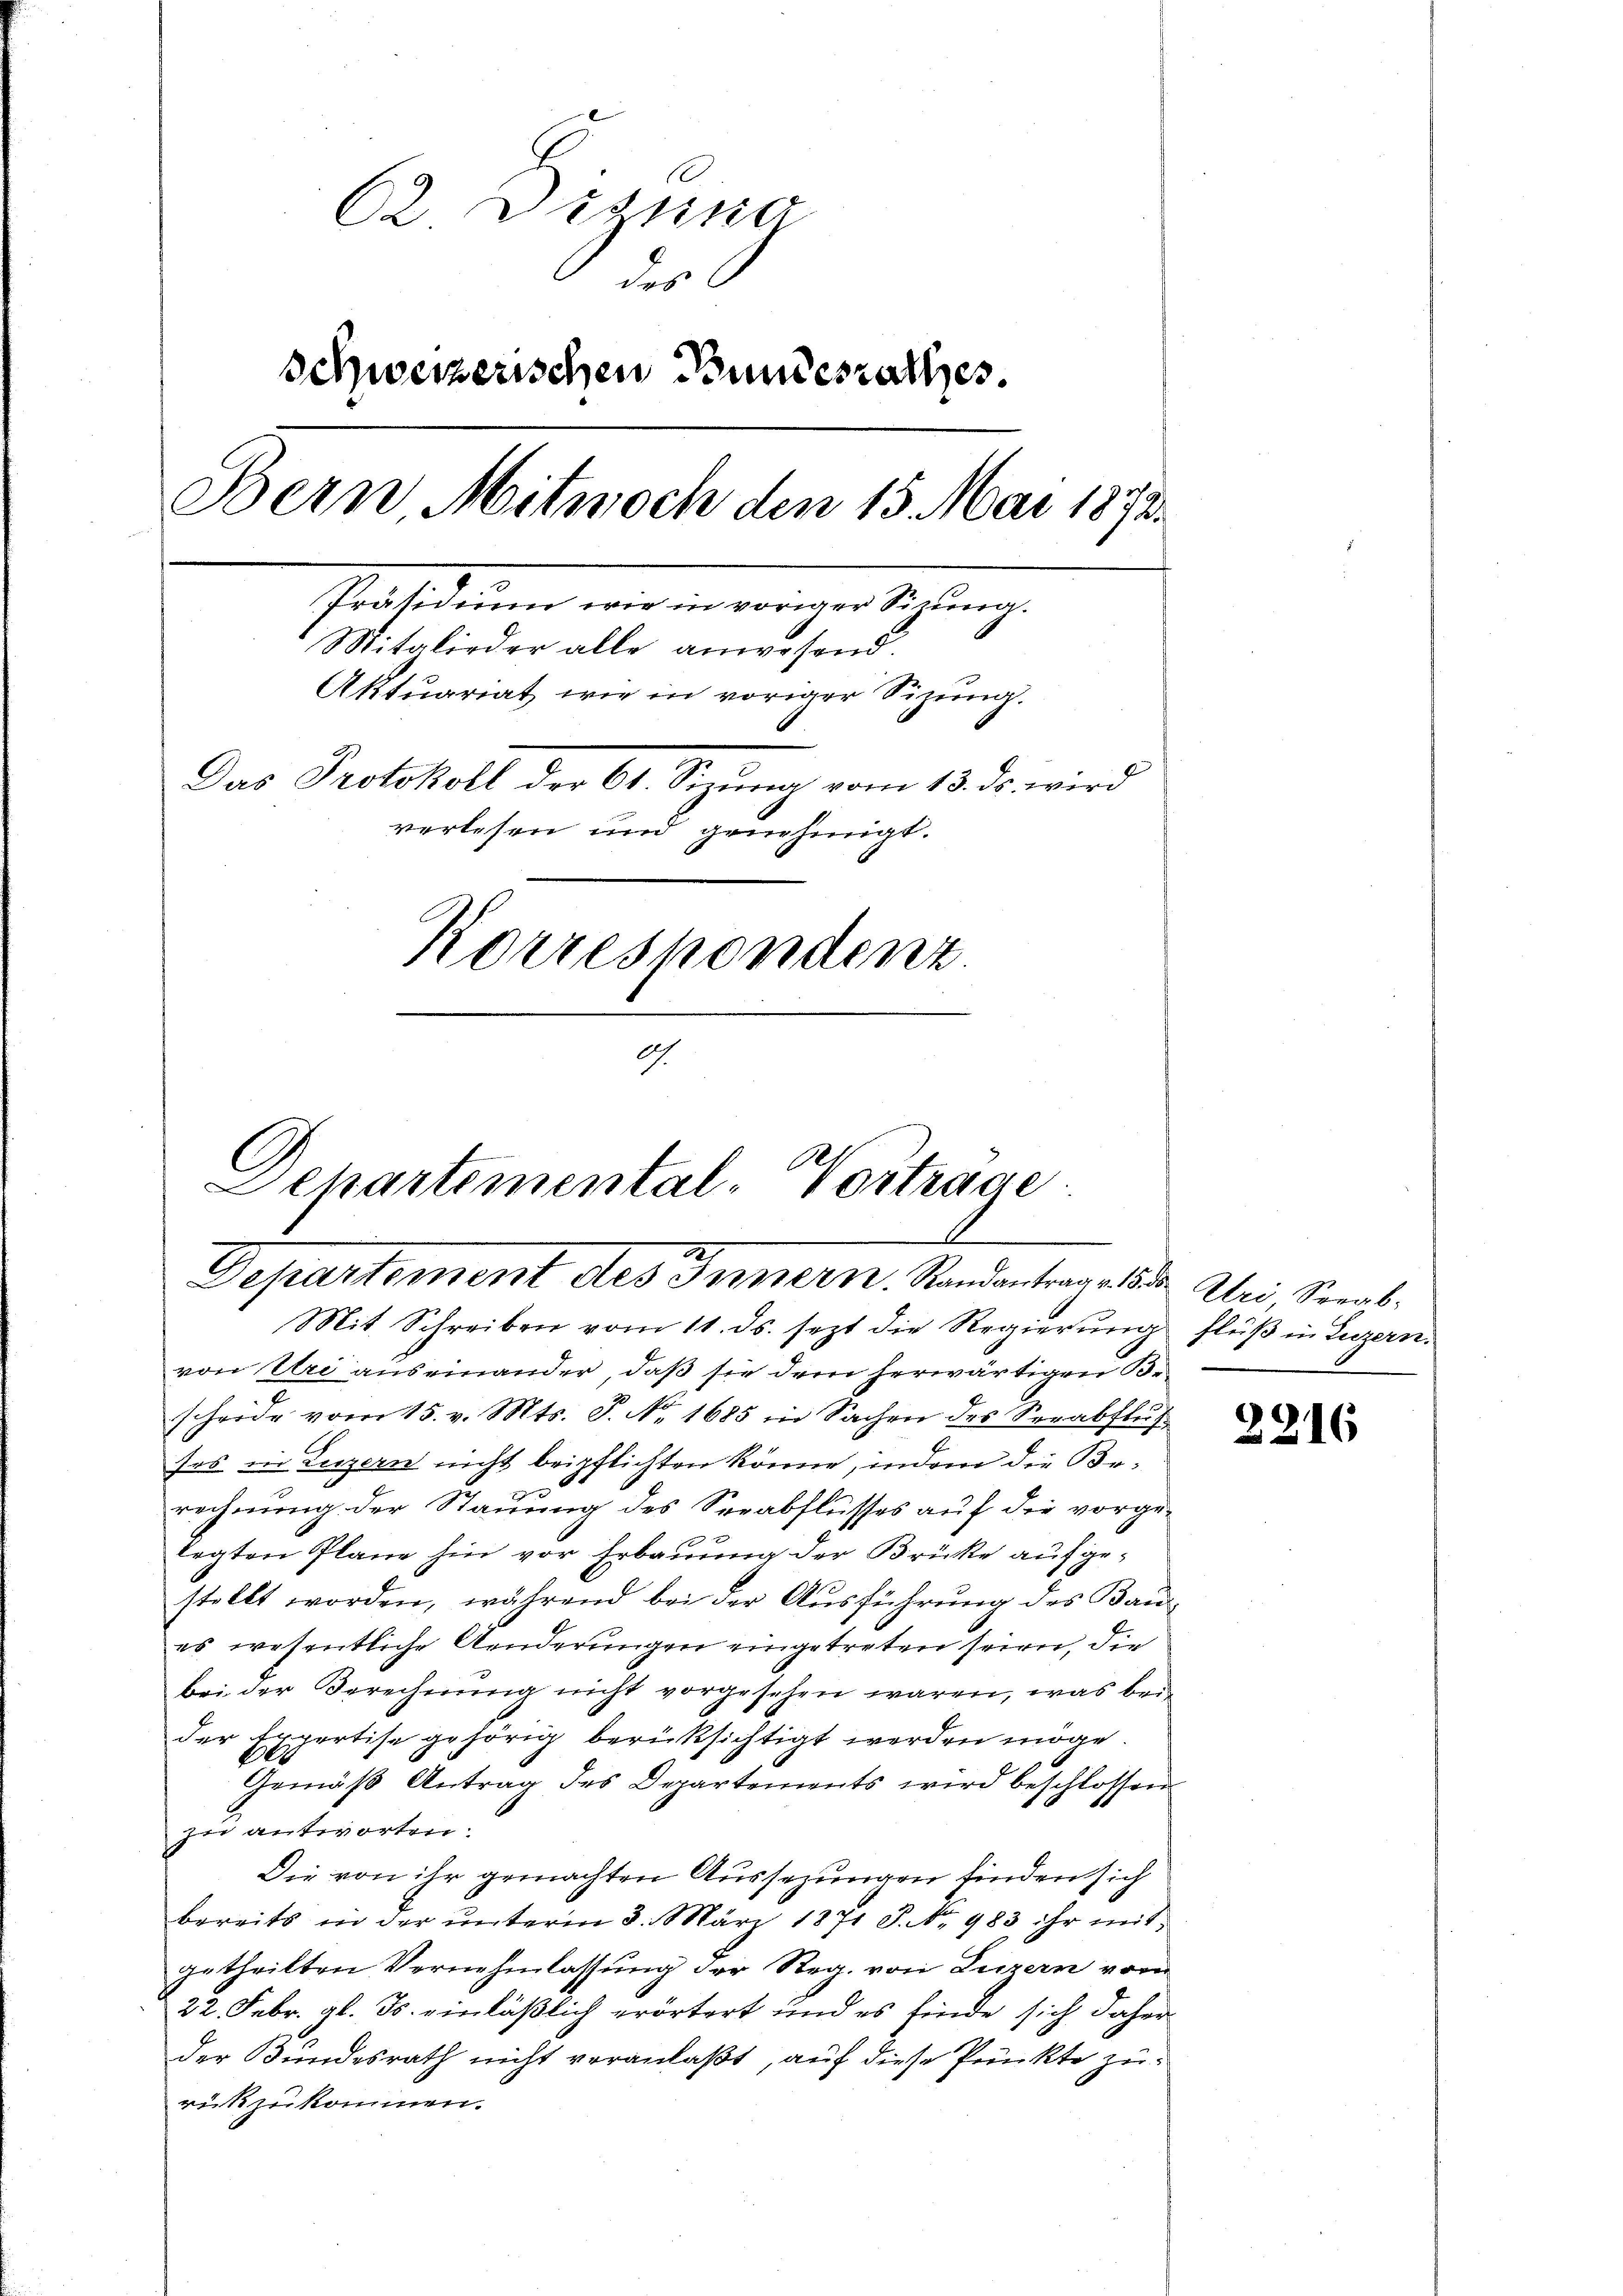
62 Dizung
des
schweizerischen Bundesrathes.
Bern Mitwoch den 15. Mai 1872.
Präsidenen wir in wenigertigung.
Mitglieder alle anwesend.
Aktuariat wie in voriger Sizung.
Das Protokoll der 61. Sizung vom 13. ds. wird
verlesen und genehmigt.
Korrespondenz
G.

Departemental-Vortrage
2
Departement des Innern. Randantrages Uri, Seeab¬
Mit Schreiben vom 11. ds. sezt die Regierŭng flŭβ in Luzern.

von Uri auseinander, daß sie dem herwärtigen Bescheide vom 15. v. Mts. S. Nr. 1685 in Sachen des Verabflŭf-
ses in Luzern nicht beipflichten könne, indem die Berechnung der Stauung des Seeabflusses auf die vorgelegten Pläne hin vor Erbauung der Brücke aufgestellt worden, während bei der Ausführung des Bau-
es wesentliche Aenderungen eingetreten seien, die
bei der Berechnung nicht vorgesehen wären, was bei
der Expertise gehörig berücksichtigt werden möge.
Gemäβ Antrag des Departements wird beschlossen
zue antworten.
Die von ihr gemachten Aussezungen finden sich
bereits in der ŭnterm 3. März 1871 J. No 983 ihr mit
getheilten Vernehmlassung der Reg. von Luzern vom
22. Febr. gl. Js. einläßlich erörtert und es finde sich daher
der Bundesrath nicht veranlaßt, auf diese Punkte zurückzukommen.

2216